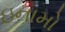
ઇનામો